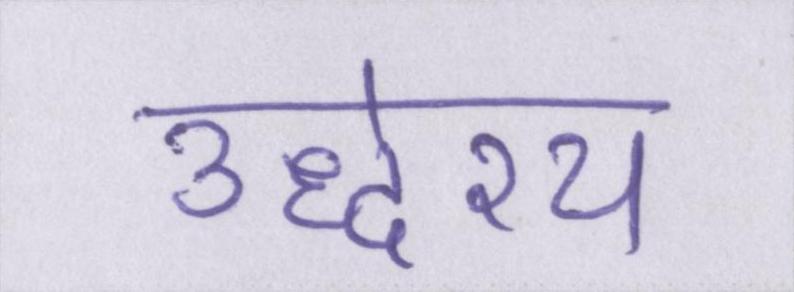
उद्धेश्य